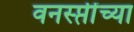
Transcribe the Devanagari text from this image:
वनस्प्तींच्या